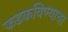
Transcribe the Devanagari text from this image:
फडकविण्याचा